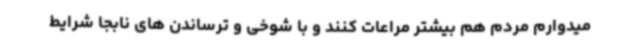
میدوارم مردم هم بیشتر مراعات کنند و با شوخی و ترساندن های نابجا شرایط